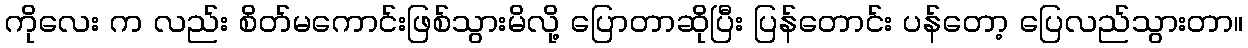
ကိုလေး က လည်း စိတ်မကောင်းဖြစ်သွားမိလို့ ပြောတာဆိုပြီး ပြန်တောင်း ပန်တော့ ပြေလည်သွားတာ။